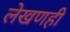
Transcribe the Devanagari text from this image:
लेखणही